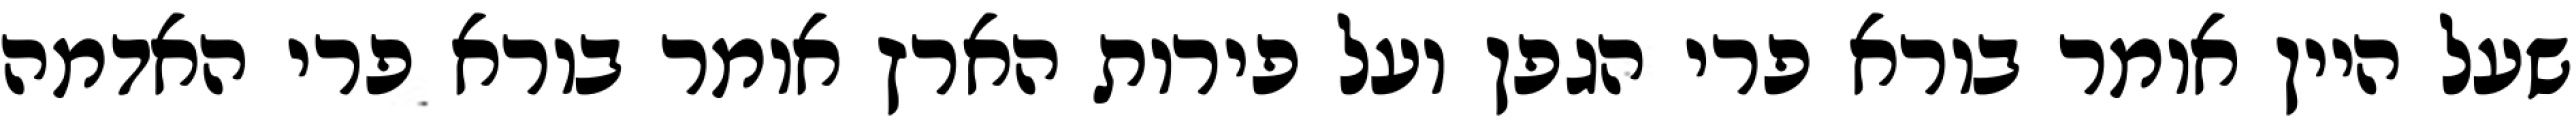
שעל היין אומר בורא פרי הגפן ועל פירות הארץ אומר בורא פרי האדמה